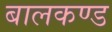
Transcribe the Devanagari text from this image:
बालकण्ड